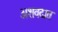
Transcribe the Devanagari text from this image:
अशवदात